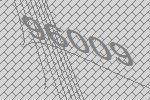
96009